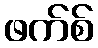
ဖက်စ်